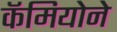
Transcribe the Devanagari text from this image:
कॅमियोने